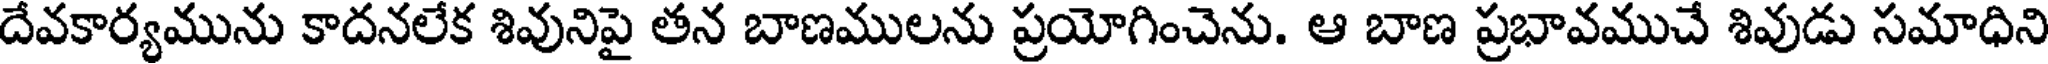
దేవకార్యమును కాదనలేక శివునిపై తన బాణములను ప్రయోగించెను. ఆ బాణ ప్రభావముచే శివుడు సమాధిని